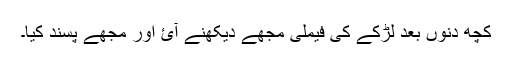
کچھ دنوں بعد لڑکے کی فیملی مجھے دیکھنے آٰئ اور مجھے پسند کیا۔